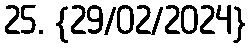
25. {29/02/2024}